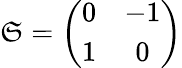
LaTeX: \mathfrak{S}=\left(\begin{array}{cc}{{0}}&{{-1}}\\ {{1}}&{{0}}\end{array}\right)